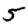
Digit: 5